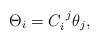
LaTeX: \begin{align*}\Theta_{i}=C_{i}^{\ j}\theta_{j},\end{align*}